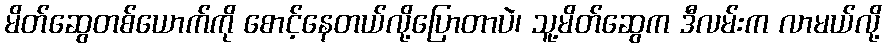
မိတ်ဆွေတစ်ယောက်ကို စောင့်နေတယ်လို့ပြောတာပဲ၊ သူ့မိတ်ဆွေက ဒီလမ်းက လာမယ်လို့